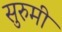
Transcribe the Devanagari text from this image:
सुरुमी